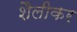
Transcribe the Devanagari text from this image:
शैलीकर